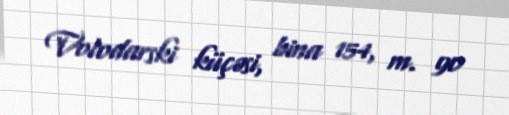
Volodarski küçəsi, bina 154, m. 90